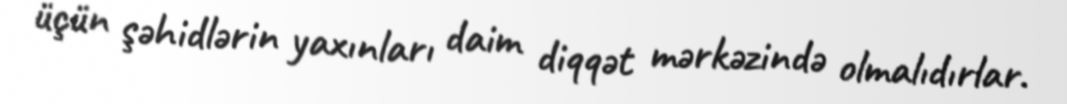
üçün şəhidlərin yaxınları daim diqqət mərkəzində olmalıdırlar.